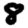
Digit: 8